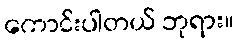
ကောင်းပါတယ် ဘုရား။